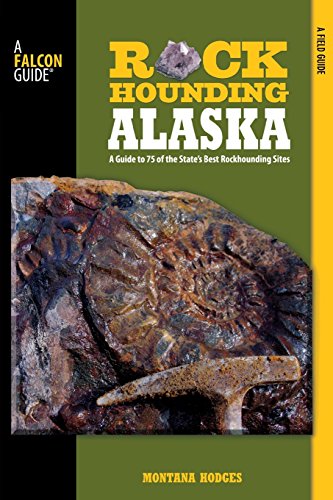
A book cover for Rockhounding Alaska: A Guide To 75 Of The State's Best Rockhounding Sites (Rockhounding Series); Montana Hodges; Sports & Outdoors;